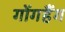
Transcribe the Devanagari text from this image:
गोंगहैंग